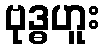
ဗုဒ္ဓဟူး